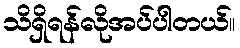
သိရှိရန်လိုအပ်ပါတယ်။